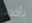
بأخذها